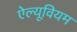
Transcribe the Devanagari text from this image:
ऐल्यूवियम